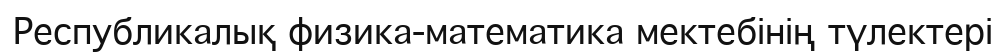
Республикалық физика-математика мектебінің түлектері